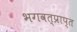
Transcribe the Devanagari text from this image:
भगवत्प्राप्त